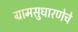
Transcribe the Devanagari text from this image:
ग्रामसुधारणेचे